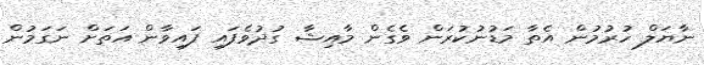
ނާޔަލް ހުރުމުން އެތާ މަޑުނުކުރަން ވެގެން މާއިޝާ ގުދުވެފައި ފައިވާން އަތަށް ނަގަމުން